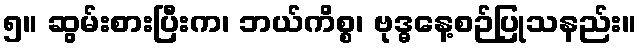
၅။ ဆွမ်းစားပြီးက၊ ဘယ်ကိစ္စ၊ ဗုဒ္ဓနေ့စဉ်ပြုသနည်း။